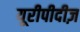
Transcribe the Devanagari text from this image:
यूरीपीदीज़